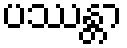
ပဿန္တာ